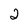
Character: 2